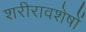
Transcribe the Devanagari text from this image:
शरीरावशेषों